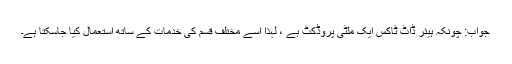
جواب: چونکہ ہیئر ڈاٹ ٹاکس ایک ملٹی پروڈکٹ ہے ، لہذا اسے مختلف قسم کی خدمات کے ساتھ استعمال کیا جاسکتا ہے۔